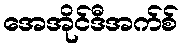
အေအိုင်ဒီအက်စ်